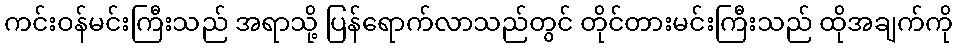
ကင်းဝန်မင်းကြီးသည် အရာသို့ ပြန်ရောက်လာသည်တွင် တိုင်တားမင်းကြီးသည် ထိုအချက်ကို